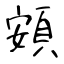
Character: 頞